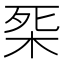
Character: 𣑘